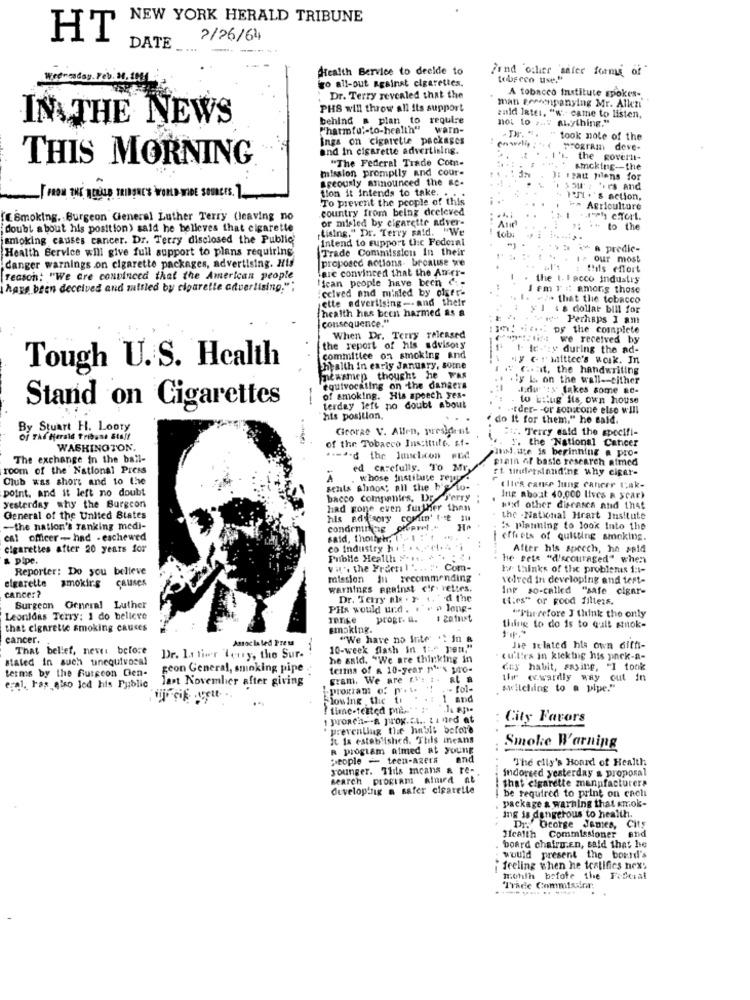
NEW YORK HERALD TRIBUNE
HT
DATE
2/26/64
- ----
Health Bervice to decide to
Find oshier 'safer forms of"
Wee-
go all-out against cigarettes.
tobecon use."
A tobacco Institute spokes-
Dr. Terry revealed that the
man geeschpanying Mr. Allezi
PHS will throw all its support
IN THE NEWS
behind a plan to require
wald Intel, "w .- came to listen,
not to za: anything."
[harmful-to-health"
warn-
ings on cigarette packages
IN. ".
took note of the
and in cigarette advertising.
deve-
THIS MORNING
"The Federal Trade Com-
the coverlt-
mission promptly and cour-
smcking -- the
greously announced the ac-
JE isau Mens for
tion it intends to take. .
1 554'2 '.es and
To prevent the people of this
+ P3 .'s action,
country from being dceleved
in Agriculture
(.Smoking, Burgeon General Luther Terry (leaving no
or misled by cigarette adver-
...
Atic
.Ich cfort.
doubt about his position) said he believes that cigarette
tising." Dr. Terry said.
tobi
.. to the
smoking causes cancer. Dr. Terry disclosed the Public
Intend to support the Federal
Health Service will give full support to plans requiring
Trade Commission In their
>> predic-
proposed actions. because we
our most
danger warnings on cigarette packages, advertising. His
are convinced that the Amer-
this effort
reason: "We are convinced that the American people
Hican people have been d'-
. the t. I acco industry
hans been deceived and muttled by cigarette advertising."
ceived and minled by ofger-
I em T :: among those
ette advertising -- and their
1. +/- that the tobacco
health has been harmed as a
y I . a dollar bill for
consequence."
1- Perhaps I am
by the complete
When Dr. Terry released
we received by
the report of his advisory
1. te -: y during the ad-
committee on smoking and
"y cr Mittee's work. In
Tough U. S. Health
Shealth in early January, some
. G.it, the handwriting
newsmep thought he Fas
.ly L. on the wall -- either
equivocaling on the dangers
.I.du 's takes some ac-
-
of smoking. His speech yes-
to LElug ils, own house
Stand on Cigarettes
terday left no doubt about
.- tder- - or sonstone else will
his position.
do It for them." he said.
By Stuart H. Loory
Cicorze V. Allen, president
st. Terry said the specifi-
Of The Herald Tribune Staff
of the Tobacco Ins:ittile. sf-
". the National Cancer
WASHINGTON.
hs.ute is beginning . pro-
The exchange In the ball-
..- a-d the Imiclicon wed
plain of basic research atmed
room of the National Press
ed carefully. To Mr.
et understanding why cigar-
Club was short and to the
A
. whose institute reyy.
point, and it left no doubt
sehls ahnost all the b'e to-
( lles cause lung cancer tak-
bacco companies, Dr-Perry
Ing aboat 40,000 lives R $Car)
yesterday why the Burgcon
had gone even further than
sid other disrasca and that
General of the United States
hls edifsory comin' t-ce mu
the - National Hrart Justtute
-the nation's ranking medi-
condemning offert."
's planning to look Into the
cat officer- had - eschewed
said, though, ['. 1 :"t
effects of quitting smoking.
cigarettes after 20 years for
co Industry hi !
After his speech, he said
& pipe.
Puble Health > .... +
he sete "d'scouraged" when
Reporter: Do you believe
Vil', the Freeril " ...
Com-
I thinks of the problemis i:1-
elgarette
mission In recommending
volved in developing and test-
cancer?
smoking Causes
warnings Against cir. rettes.
Inp so-called "safe cigar-
Dr. Terry abs . 3. 1. d the
(ies" or Food fillers.
Surgeon General Luther
PHx would und. . ". n long-
""Therefore J think the only
Leonidas Terry: 1 do believe
rense
progr. a.
that cigarette smoking causes
smoking.
thing to do is to quit smok-
cancer.
Assoc la led Preu
"We have no Inte .: in &
That bellef, never before
10-week flash in 1:" yen."
Je related his own diffi-
stated in such unequivocal
Dr. La tior teury, the Sur-
he said. "We are thinking in
cules in klektig his ynck-a-
terms by the Gutscon Cen-
geon General, smoking pipe
terms of A 10-year po''s pro-
dey habit, saying, "I took
last November after giving
gram. We are E.ve t-
If awardly way out in
eral. has also led his Public
program of p.t "! - fol-
Mellching to a pipe."
Flowing the ti
.: 1 and
! time-tested priest #
proach -- a prog.cl .. La ned at
: City Favors
preventing the hn'bli before
It Is established. Ttils means
R progiam Aimed at young
Smoke Warning
people - teen-agers
end
The clly's Board of Health
younger. This means a re-
indoreed yesterday a proposal
search Program Almed at
developing a safer cigaretle
that cigarette manufacturers
be required to print on cach
package a warning that smok-
ing is dangerous to health.
Health Commissioner
Dr."George James, City
and
board chairu.En, said that he
would present the bound!'s
feeling when he testifies nexs
month before the Federal
Trade Commission